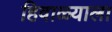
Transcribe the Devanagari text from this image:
हिवाळ्याला